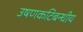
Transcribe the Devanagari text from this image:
उषणकटिबन्धीय